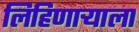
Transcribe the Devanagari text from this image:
लिहिणाऱ्याला